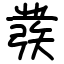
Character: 彂